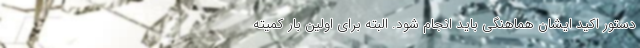
دستور اکید ایشان هماهنگی باید انجام شود. البته برای اولین بار کمیته